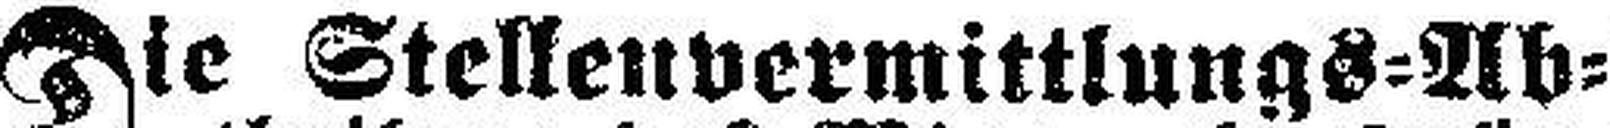
Die Stellenvermittlungs=Ab¬